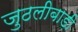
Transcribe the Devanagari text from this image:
जुठलीबाड़ी